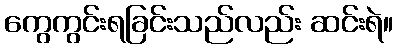
ကွေကွင်းရခြင်းသည်လည်း ဆင်းရဲ။